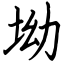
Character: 坳